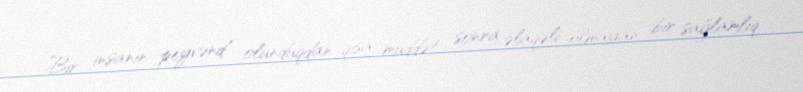
Bir insanın peyvənd olunduqdan qısa müddət sonra əlaqəli olmayan bir sağlamlıq